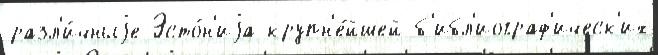
разл'и́чныjе Эсто́н'иjа крупн'е́йшей б'ибл'иограф'ическ'их